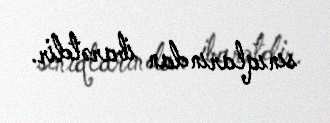
sınıqlarından ibarətdir.